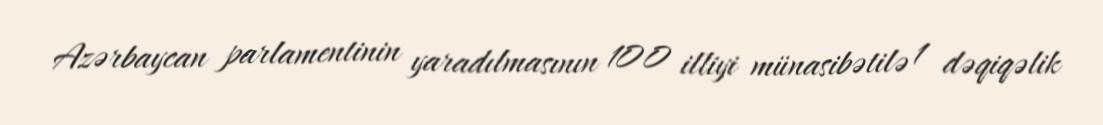
Azərbaycan parlamentinin yaradılmasının 100 illiyi münasibətilə 1 dəqiqəlik